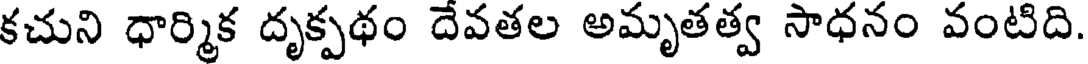
కచుని ధార్మిక దృక్పథం దేవతల అమృతత్వ సాధనం వంటిది